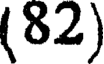
(82)